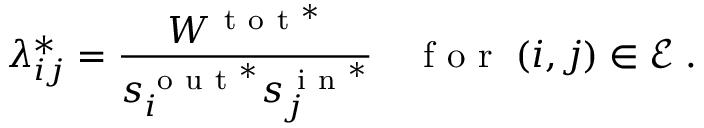
\lambda _ { i j } ^ { * } = \frac { W ^ { \mathrm { ~ t ~ o ~ t ~ } ^ { * } } } { s _ { i } ^ { \mathrm { ~ o ~ u ~ t ~ } ^ { * } } s _ { j } ^ { \mathrm { ~ i ~ n ~ } ^ { * } } } \quad \mathrm { ~ f ~ o ~ r ~ } \; ( i , j ) \in \mathcal { E } \; .